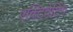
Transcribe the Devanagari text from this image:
एक्टिवेटिंग